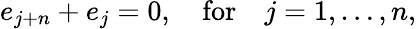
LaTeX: e_{j+n}+e_{j}=0,\mathrm{\ \ \ ~for~\ \ \ }j=1,\ldots,n,